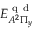
{ E } _ { A ^ { 2 } \Pi _ { y } } ^ { \mathrm { ~ q ~ d ~ } }